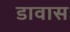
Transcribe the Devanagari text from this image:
डावास